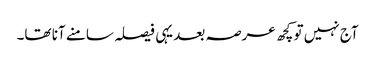
آج نہیں تو کچھ عرصہ بعد یہی فیصلہ سامنے آنا تھا۔